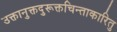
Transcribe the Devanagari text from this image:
उक्तानुक्तदुरूक्तचिन्ताकारितु